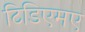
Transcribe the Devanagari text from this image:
टिडिएमए